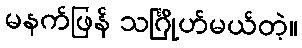
မနက်ဖြန် သင်္ဂြိုဟ်မယ်တဲ့။